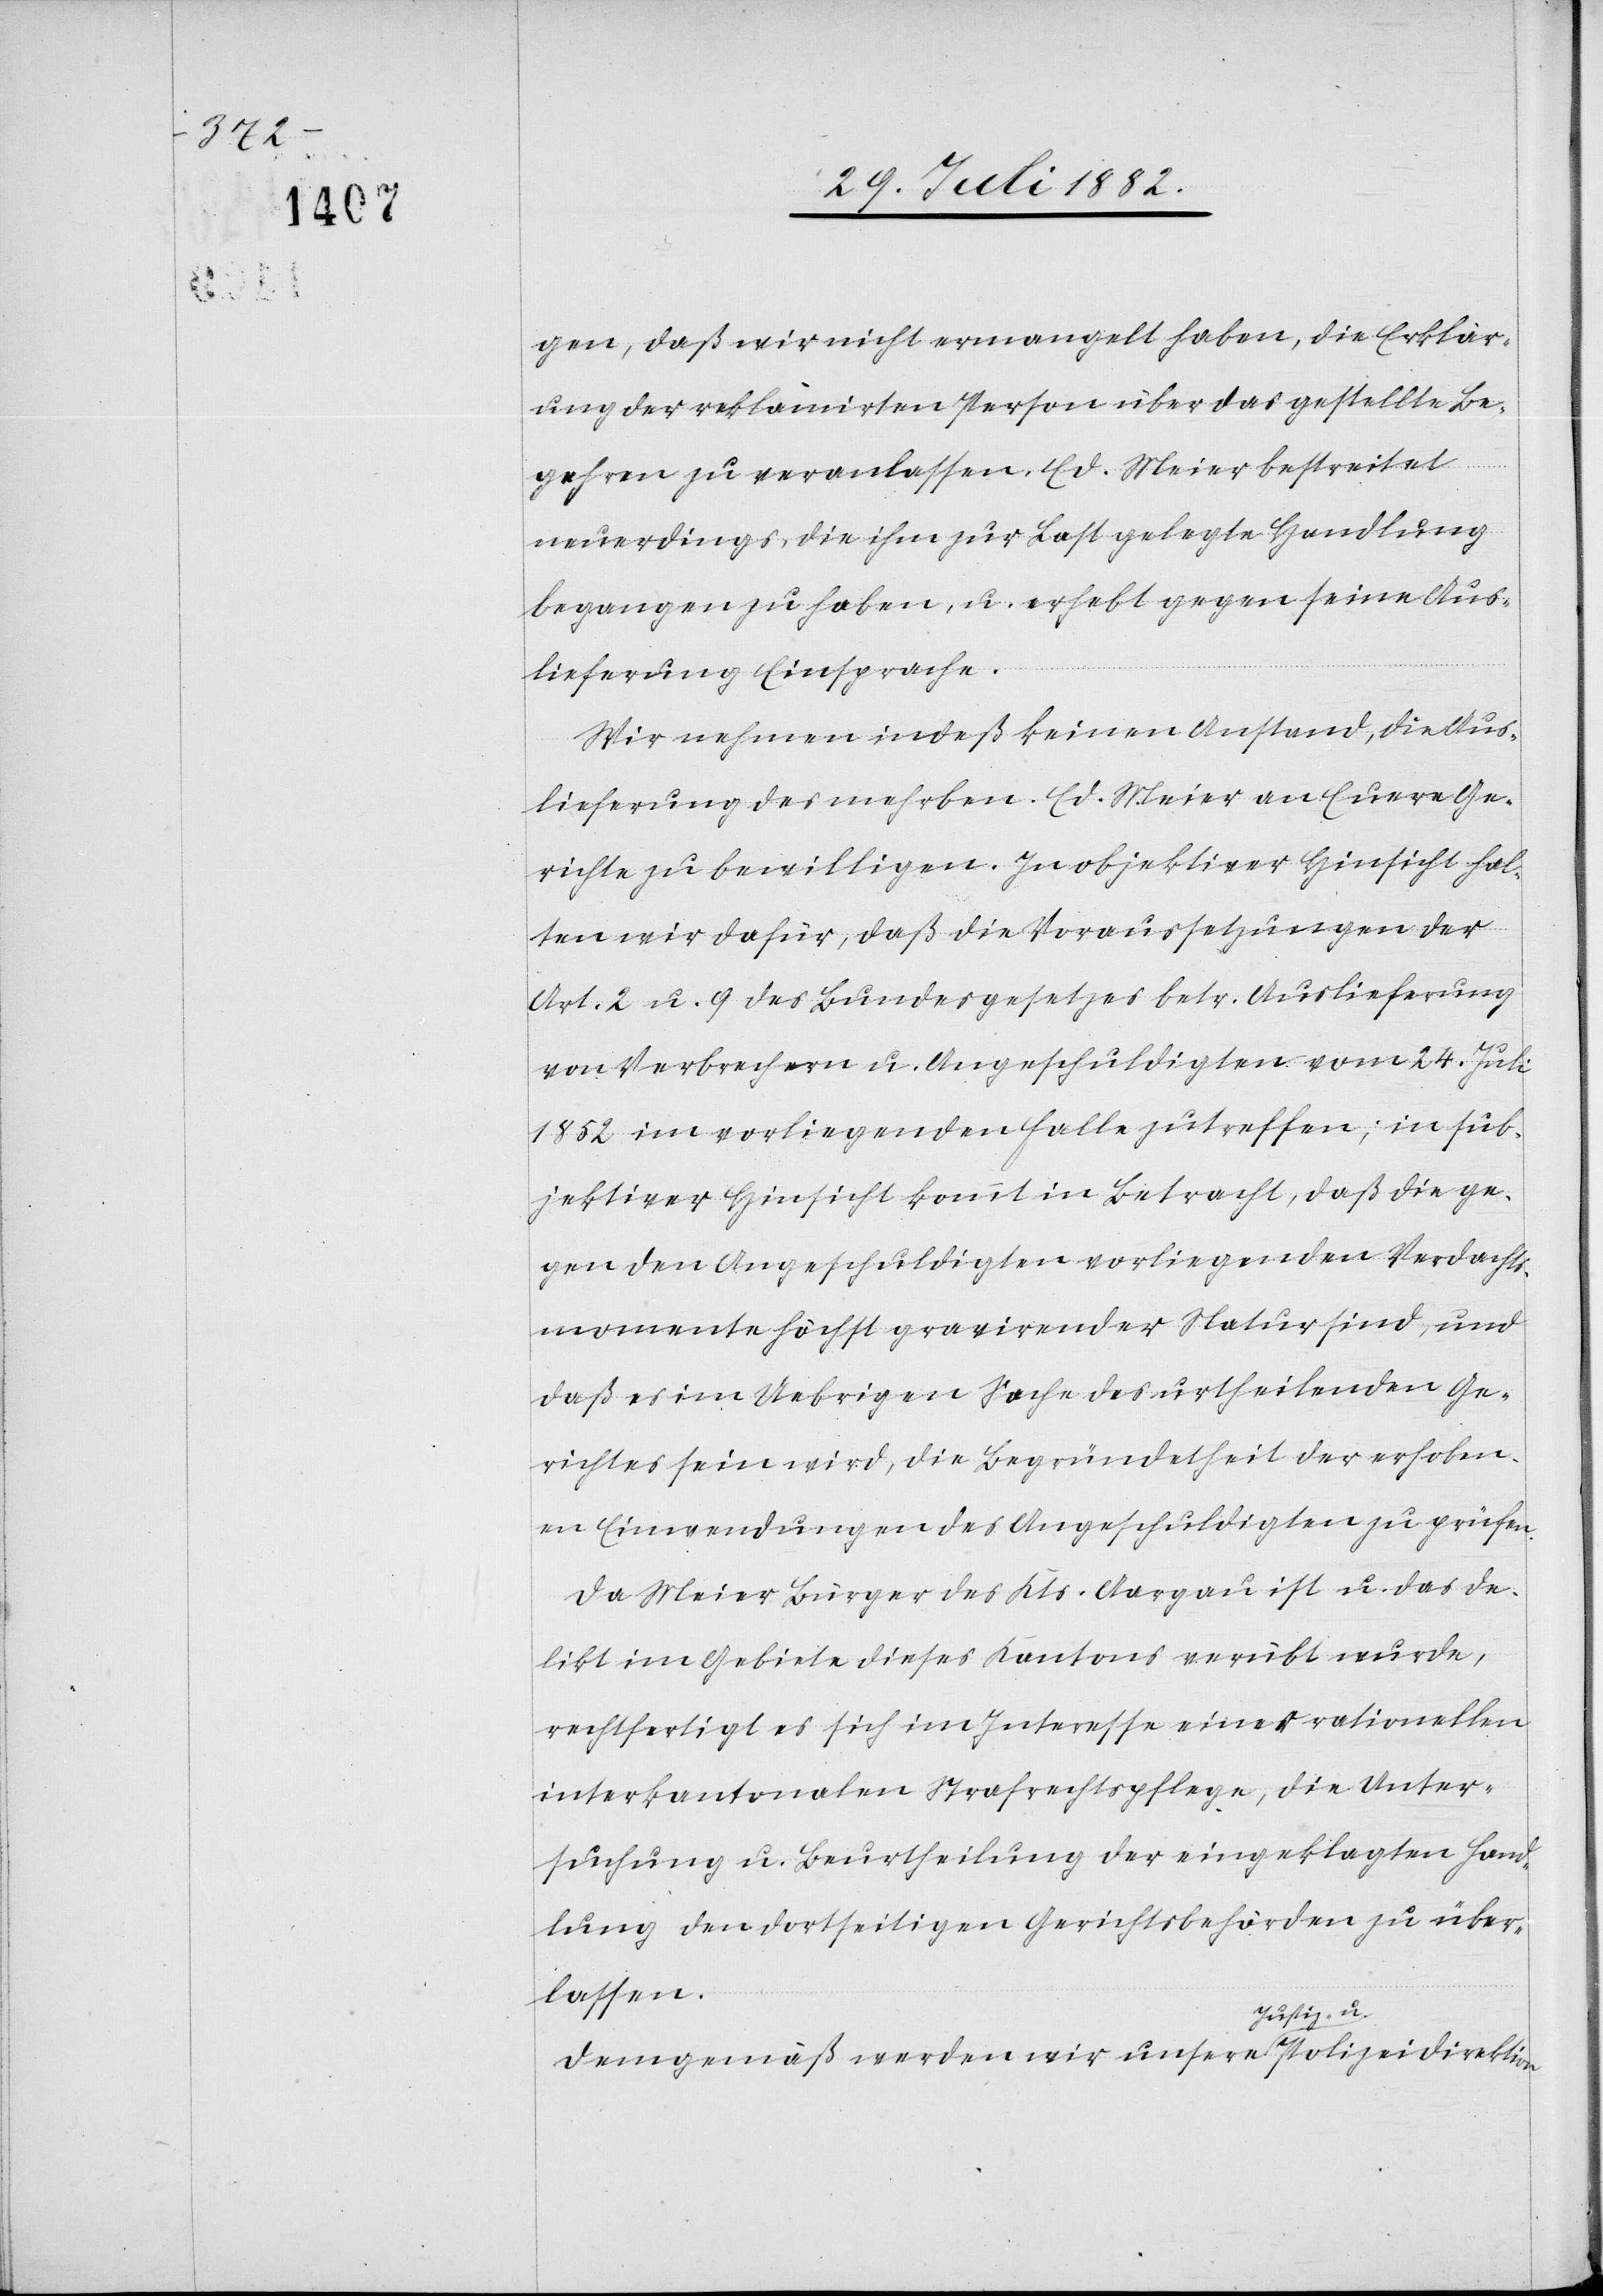
gen, daß wir nicht ermangelt haben, die Erklär¬
ung der reklamirten Person über das gestellte Be¬
gehren zu veranlassen. Ed. Meier bestreitet
neuerdings die ihm zur Last gelegte Handlung
begangen zu haben, u. erhebt gegen seine Aus¬
lieferung Einsprache.
Wir nehmen indeß keinen Anstand, die Aus¬
lieferung des mehrben. Ed. Meier an Euere Ge¬
richte zu bewilligen. In objektiver Einsicht hal¬
ten wir dafür, daß die Voraussetzungen der
Art. 2 u. 9 des Bundesgesetzes betr. Auslieferung
von Verbrechern u. Angeschuldigten vom 24. Juli
1852 im vorliegenden Falle zutreffen; in sub¬
jektiver Hinsicht kommt in Betracht, daß die ge¬
gen den Angeschuldigten vorliegenden Verdachts¬
momente höchst gravirender Natur sind, und
daß es im Uebrigen Sache des urtheilenden Ge¬
richtes sein wird, die Begründetheit der erhoben¬
en Einwendungen des Angeschuldigten zu prüfen.
Da Meier Bürger des Kts. Aargau ist u. das De¬
likt im Gebiete dieses Kantones verübt wurde,
rechtfertigt es sich im Interesse einer rationellen
interkantonalen Strafrechtspflege, die Unter¬
suchung u. Beurtheilung der eingeklagten Hand¬
lung den dortseitigen Gerichtsbehörden zu über¬
lassen.
Demgemäß werden wir unsere Justiz- & Polizeidirektion